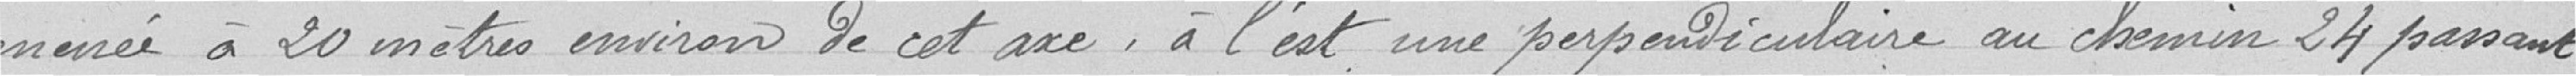
menée à 20 mètres environ de cet axe, à l'est, une perpendiculaire au chemin 24 passant